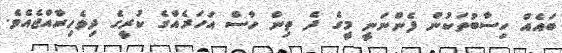
ބައެއް ހިސާބުތަކުން ފެންނަނީ މީގެ ދެ ތިން ހާސް އަހަރެއްގެ ކުރީގެ ދިވެހިރާއްޖެއެވެ.